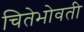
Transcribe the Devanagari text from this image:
चितेभोवती